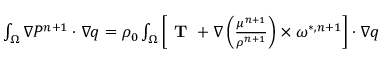
\begin{array} { r l } { \small } & { { } \int _ { \Omega } \nabla P ^ { n + 1 } \cdot \nabla q = \rho _ { 0 } \int _ { \Omega } \left[ \textbf { T } + \nabla \left( \frac { \mu ^ { n + 1 } } { \rho ^ { n + 1 } } \right) \times \boldsymbol { \omega } ^ { * , n + 1 } \right] \cdot \nabla q } \end{array}